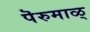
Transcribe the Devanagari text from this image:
पॆरुमाळ्